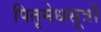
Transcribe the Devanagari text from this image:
पितृमेधसूत्रों